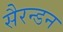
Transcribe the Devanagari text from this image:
सैरन्डन